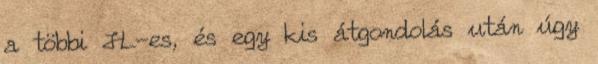
a többi JL-es, és egy kis átgondolás után úgy